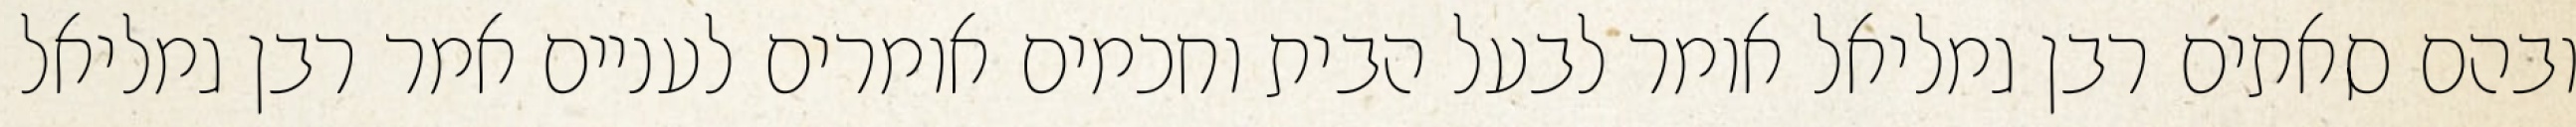
ובהם סאתים רבן גמליאל אומר לבעל הבית וחכמים אומרים לעניים אמר רבן גמליאל